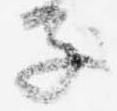
子